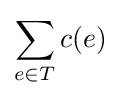
\sum _{e\in T}c(e)